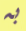
به